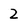
Character: 2